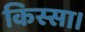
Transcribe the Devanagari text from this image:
किस्सा।